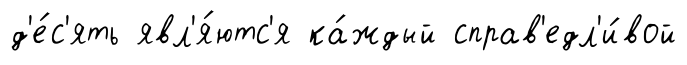
д'е́с'ять явл'я́ютс'я ка́ждый справ'едл'и́вой